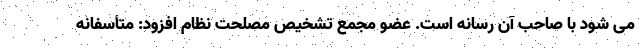
می شود با صاحب آن رسانه است. عضو مجمع تشخیص مصلحت نظام افزود: متأسفانه